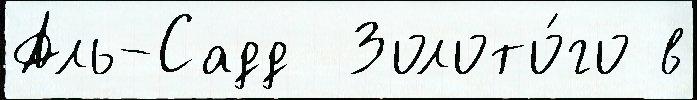
Аль-Садд  Золото́го в